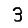
Digit: 3